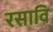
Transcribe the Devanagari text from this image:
रसावि